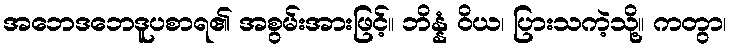
အဘေဒဘေဒူပစာရ၏ အစွမ်းအားဖြင့်။ ဘိန္နံ ဝိယ၊ ပြားသကဲ့သို့။ ကတွာ၊